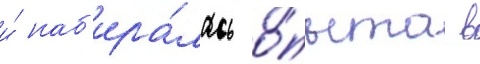
и́ наб'ира́лась о́пыта в